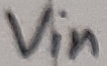
Text: Vin